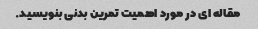
مقاله ای در مورد اهمیت تمرین بدنی بنویسید.